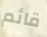
قائم